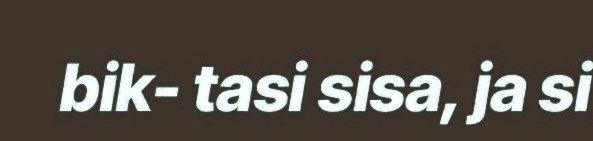
bik- tasi sisa, ja si